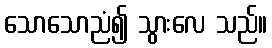
သောသောညံ၍ သွားလေ သည်။